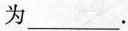
为_____。